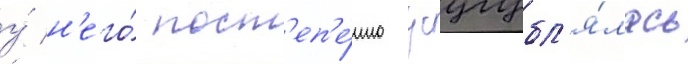
у́ н'его́ пост'еп'е́нно усугубл'я́лась